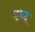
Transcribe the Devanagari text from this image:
श्वश्रू